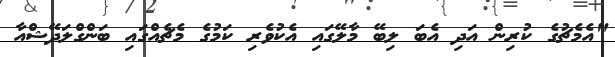
"އެމެޗުގެ ކުރިން އަދި އެބަ ލިބޭ މާލޭގައި އެކުވެރި ކަމުގެ މެޗެއްގައި ބަންގްލަދޭޝްއާ